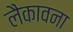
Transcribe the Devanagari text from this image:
लैकावना